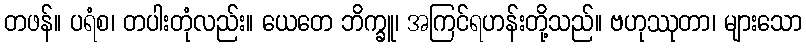
တဖန်။ ပရံစ၊ တပါးတုံလည်း။ ယေတေ ဘိက္ခူ၊ အကြင်ရဟန်းတို့သည်။ ဗဟုဿုတာ၊ များသော